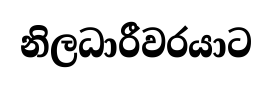
නිලධාරීවරයාට